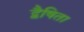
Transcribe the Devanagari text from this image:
द्वैषिता